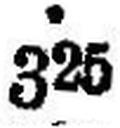
325